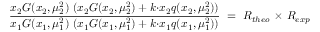
\frac { x _ { 2 } G ( x _ { 2 } , \mu _ { 2 } ^ { 2 } ) \ ( x _ { 2 } G ( x _ { 2 } , \mu _ { 2 } ^ { 2 } ) + k { \cdot } x _ { 2 } q ( x _ { 2 } , \mu _ { 2 } ^ { 2 } ) ) } { x _ { 1 } G ( x _ { 1 } , \mu _ { 1 } ^ { 2 } ) \ ( x _ { 1 } G ( x _ { 1 } , \mu _ { 1 } ^ { 2 } ) + k { \cdot } x _ { 1 } q ( x _ { 1 } , \mu _ { 1 } ^ { 2 } ) ) } \ = \ R _ { t h e o } \ { \times } \ R _ { e x p }